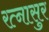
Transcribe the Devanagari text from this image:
रत्‍नासुर